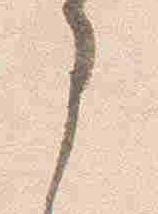
部